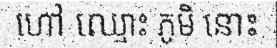
ហៅ ឈ្មោះ ភូមិ នោះ